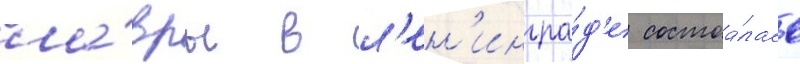
ла́вры в л'ен'ингра́д'е состоа́лась